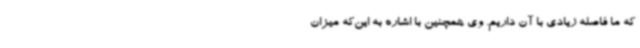
که ما فاصله زیادی با آن داریم. وی همچنین با اشاره به این‌که میزان